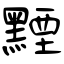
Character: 黫